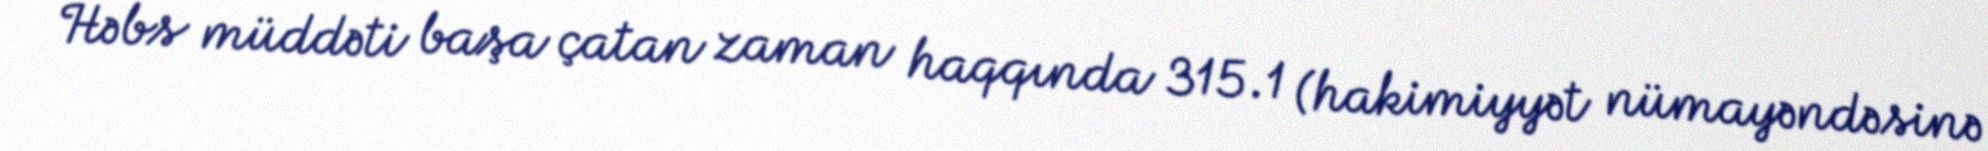
Həbs müddəti başa çatan zaman haqqında 315.1 (hakimiyyət nümayəndəsinə